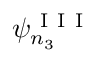
\psi _ { n _ { 3 } } ^ { \mathrm { ~ I ~ I ~ I ~ } }